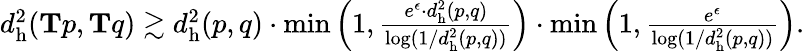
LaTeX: \begin{array}{r}{d_{\mathrm{h}}^{2}(\mathbf{T}p,\mathbf{T}q)\gtrsim d_{\mathrm{h}}^{2}(p,q)\cdot\operatorname*{min}\left(1,\frac{e^{\epsilon}\cdot d_{\mathrm{h}}^{2}(p,q)}{\log(1/d_{\mathrm{h}}^{2}(p,q))}\right)\cdot\operatorname*{min}\left(1,\frac{e^{\epsilon}}{\log(1/d_{\mathrm{h}}^{2}(p,q))}\right).}\end{array}